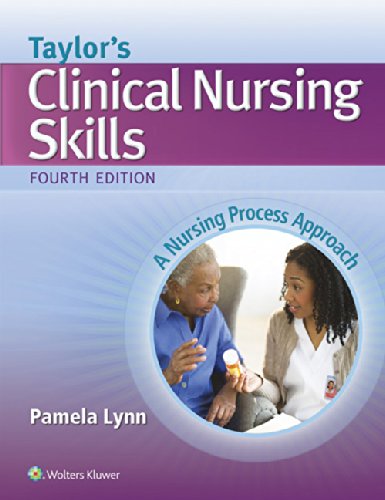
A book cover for Taylor's Clinical Nursing Skills: A Nursing Process Approach; Pamela Lynn MSN  RN; Medical Books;